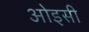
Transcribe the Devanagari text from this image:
ओइसी